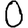
Digit: 0